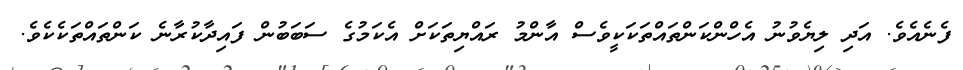
ފެނެއެވެ. އަދި ލިޔެވުނު އެހްންކަންތައްތަކަކީވެސް އާންމު ރައްޔިތަކަށް އެކަމުގެ ސަބަބުން ފައިދާކުރާނެ ކަންތައްތަކެކެވެ.